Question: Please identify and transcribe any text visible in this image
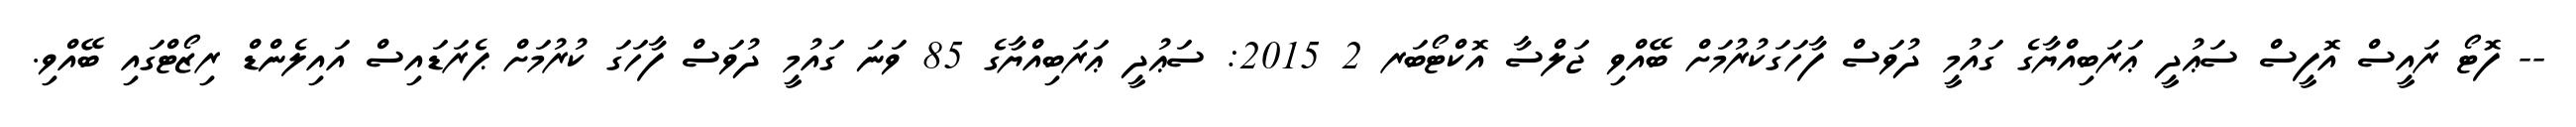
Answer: -- ފޮޓޯ ރައީސް އޮފީސް ސަޢުދީ ޢަރަބިއްޔާގެ ގައުމީ ދުވަސް ފާހަގަކުރުމަށް ބޭއްވި ޖަލްސާ އޮކްޓޯބަރ 2 2015: ސަޢުދީ ޢަރަބިއްޔާގެ 85 ވަނަ ގައުމީ ދުވަސް ފާހަގަ ކުރުމަށް ޕެރަޑައިސް އައިލެންޑް ރިޒޯޓްގައި ބޭއްވި.